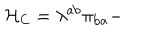
LaTeX: { \cal H } _ { \mathrm { C } } = \lambda ^ { \mathrm { a b } } \pi _ { \mathrm { b a } } -